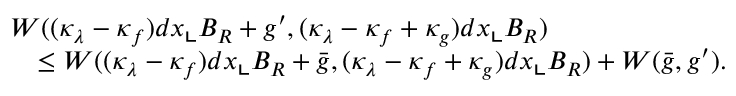
\begin{array} { r l } { \lefteqn { W ( ( \kappa _ { \lambda } - \kappa _ { f } ) d x \llcorner B _ { R } + g ^ { \prime } , ( \kappa _ { \lambda } - \kappa _ { f } + \kappa _ { g } ) d x \llcorner B _ { R } ) } } \\ & { \le W ( ( \kappa _ { \lambda } - \kappa _ { f } ) d x \llcorner B _ { R } + \bar { g } , ( \kappa _ { \lambda } - \kappa _ { f } + \kappa _ { g } ) d x \llcorner B _ { R } ) + W ( \bar { g } , g ^ { \prime } ) . } \end{array}